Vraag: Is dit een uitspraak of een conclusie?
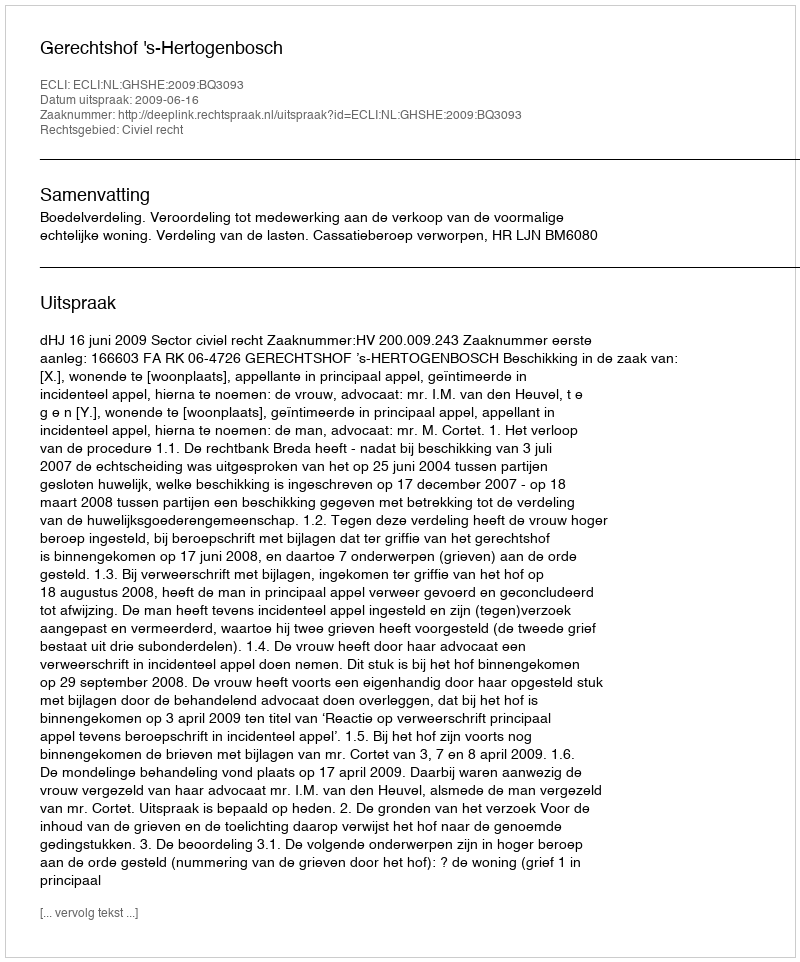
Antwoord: Uitspraak